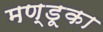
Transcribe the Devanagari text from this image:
मण्डूका